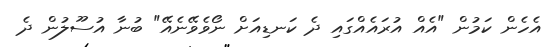
އެހެން ކަމުން "އެއް އުރައެއްގައި ދެ ކަނޑިއަށް ނޯވެވޭނެއޭ" ބުނާ އުސޫލުން ދެ